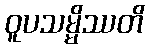
ဝူပသမ္မိဿတိ